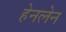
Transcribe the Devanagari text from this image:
हेनलेन